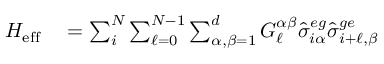
\begin{array} { r l } { H _ { \mathrm { e f f } } } & { { } = \sum _ { i } ^ { N } \sum _ { \ell = 0 } ^ { N - 1 } \sum _ { \alpha , \beta = 1 } ^ { d } G _ { \ell } ^ { \alpha \beta } \hat { \sigma } _ { i \alpha } ^ { e g } \hat { \sigma } _ { i + \ell , \beta } ^ { g e } } \end{array}